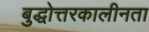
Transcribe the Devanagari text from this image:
बुद्धोत्तरकालीनता